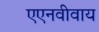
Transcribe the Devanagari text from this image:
एएनवीवाय